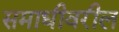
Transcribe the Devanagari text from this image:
समाधीवरील